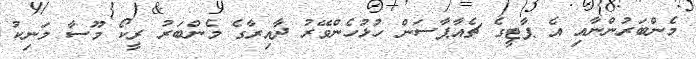
މެންބަރުންނާއި އެ ޕާޓީގެ ޗެއާޕާސަން ހުޅުހެންވޭރު ދާއިރާގެ މެންބަރު ރީކޯ މޫސާ މަނިކު